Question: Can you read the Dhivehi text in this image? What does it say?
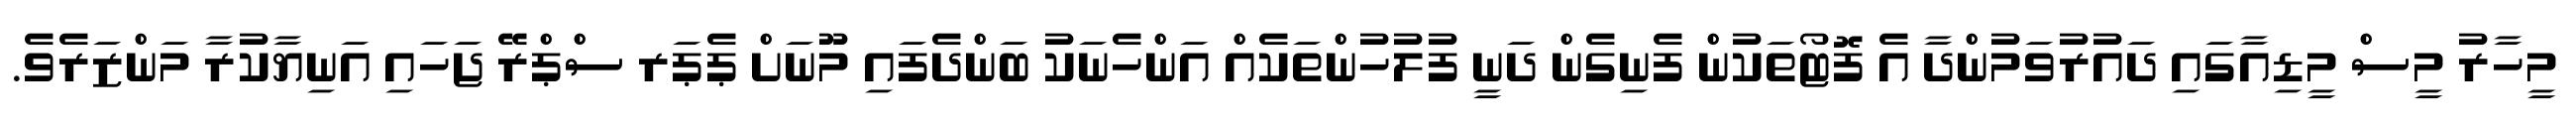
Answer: މީހާރު މީސް މީޑިއާގައި ދައުރުވަމުންދާ އެ ފޮޓޯތަކުން ފެނިގެން ދަނީ ފުލުހުންތަކެއް އަންހެނަކު ބަންދެފައި މޫނަށް ޕެޕަރ ސްޕްރޭ ޖަހައި އަނިޔާކުރާ މަންޒަރެވެ.